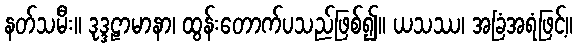
နတ်သမီး။ ဒုဒ္ဒဠာမာနာ၊ ထွန်းတောက်ပသည်ဖြစ်၍။ ယသဿ၊ အခြံအရံဖြင့်။